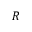
R